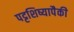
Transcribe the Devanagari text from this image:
पट्टशिष्यापैकी